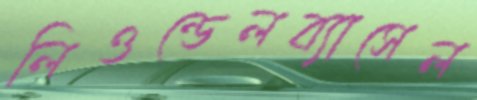
লিওন্ডেলব্যাসেল